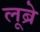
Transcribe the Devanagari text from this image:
लूब्रे